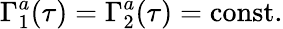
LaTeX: \Gamma_{1}^{a}(\tau)=\Gamma_{2}^{a}(\tau)=\mathrm{const}.